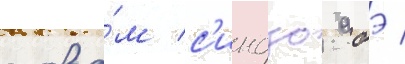
слова́м с'индзо абэ /